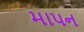
માપન